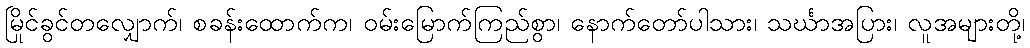
မြိုင်ခွင်တလျှောက်၊ စခန်းထောက်က၊ ဝမ်းမြောက်ကြည်စွာ၊ နောက်တော်ပါသား၊ သင်္ဃာအပြား၊ လူအများတို့၊